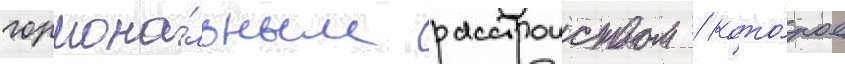
гормона́льным расстроиством / кото́рое